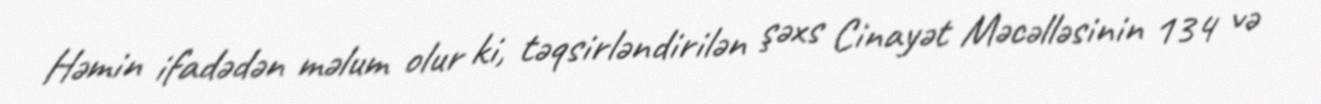
Həmin ifadədən məlum olur ki, təqsirləndirilən şəxs Cinayət Məcəlləsinin 134 və